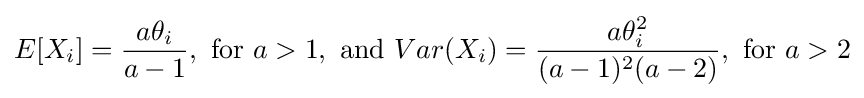
E[X_{i}]={\frac {a\theta _{i}}{a-1}},{\text{ for }}a>1,{\text{ and }}Var(X_{i})={\frac {a\theta _{i}^{2}}{(a-1)^{2}(a-2)}},{\text{ for }}a>2